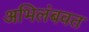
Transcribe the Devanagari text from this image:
अभिलंबवत